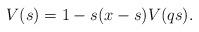
LaTeX: \begin{align*}V(s)=1-s(x-s)V(qs).\end{align*}